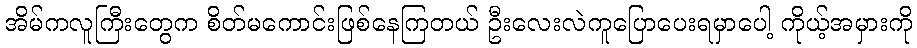
အိမ်ကလူကြီးတွေက စိတ်မကောင်းဖြစ်နေကြတယ် ဦးလေးလဲကူပြောပေးရမှာပေါ့ ကိုယ့်အမှားကို